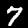
Label: 7